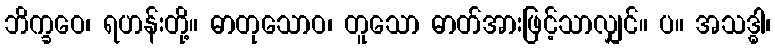
ဘိက္ခဝေ၊ ရဟန်းတို့။ ဓာတုသောဝ၊ တူသော ဓာတ်အားဖြင့်သာလျှင်။ ပ။ အသဒ္ဓါ၊